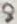
Text: 8